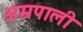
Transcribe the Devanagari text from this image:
अम्रपाली